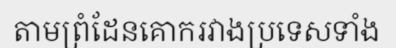
តាមព្រំដែនគោករវាងប្រទេសទាំង